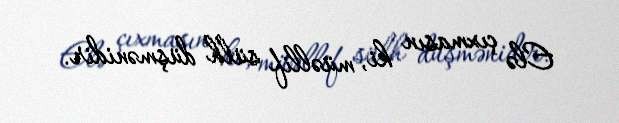
Elə çıxmasın ki, müəllif sülh düşmənidir.